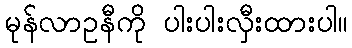
မုန်လာဥနီကို ပါးပါးလှီးထားပါ။